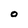
Character: O